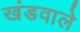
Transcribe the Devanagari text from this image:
खंडवाले